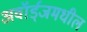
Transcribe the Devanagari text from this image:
अवॉर्ड्‌जमधील